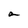
Character: a